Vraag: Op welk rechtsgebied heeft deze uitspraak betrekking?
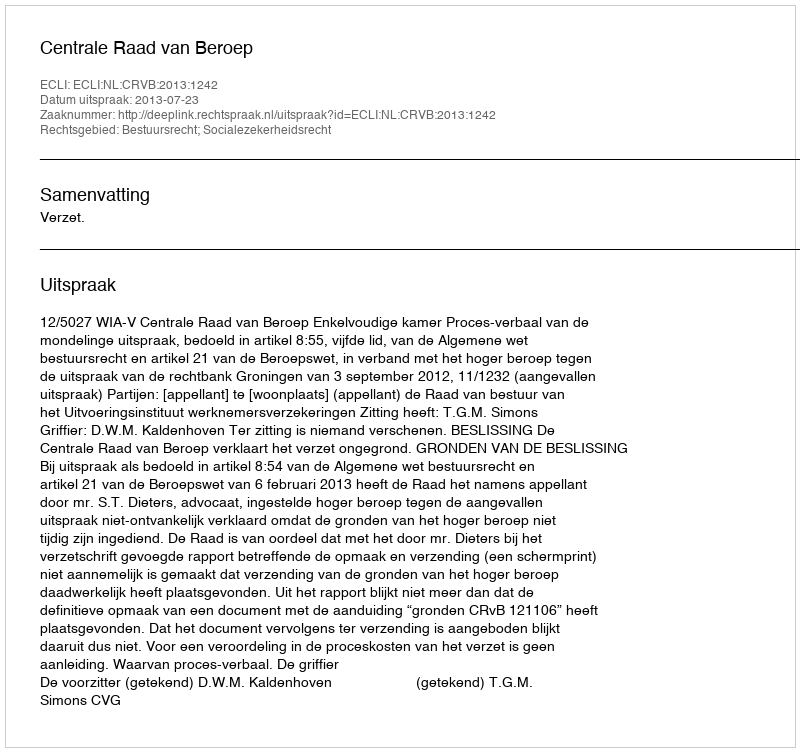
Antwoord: Bestuursrecht; Socialezekerheidsrecht